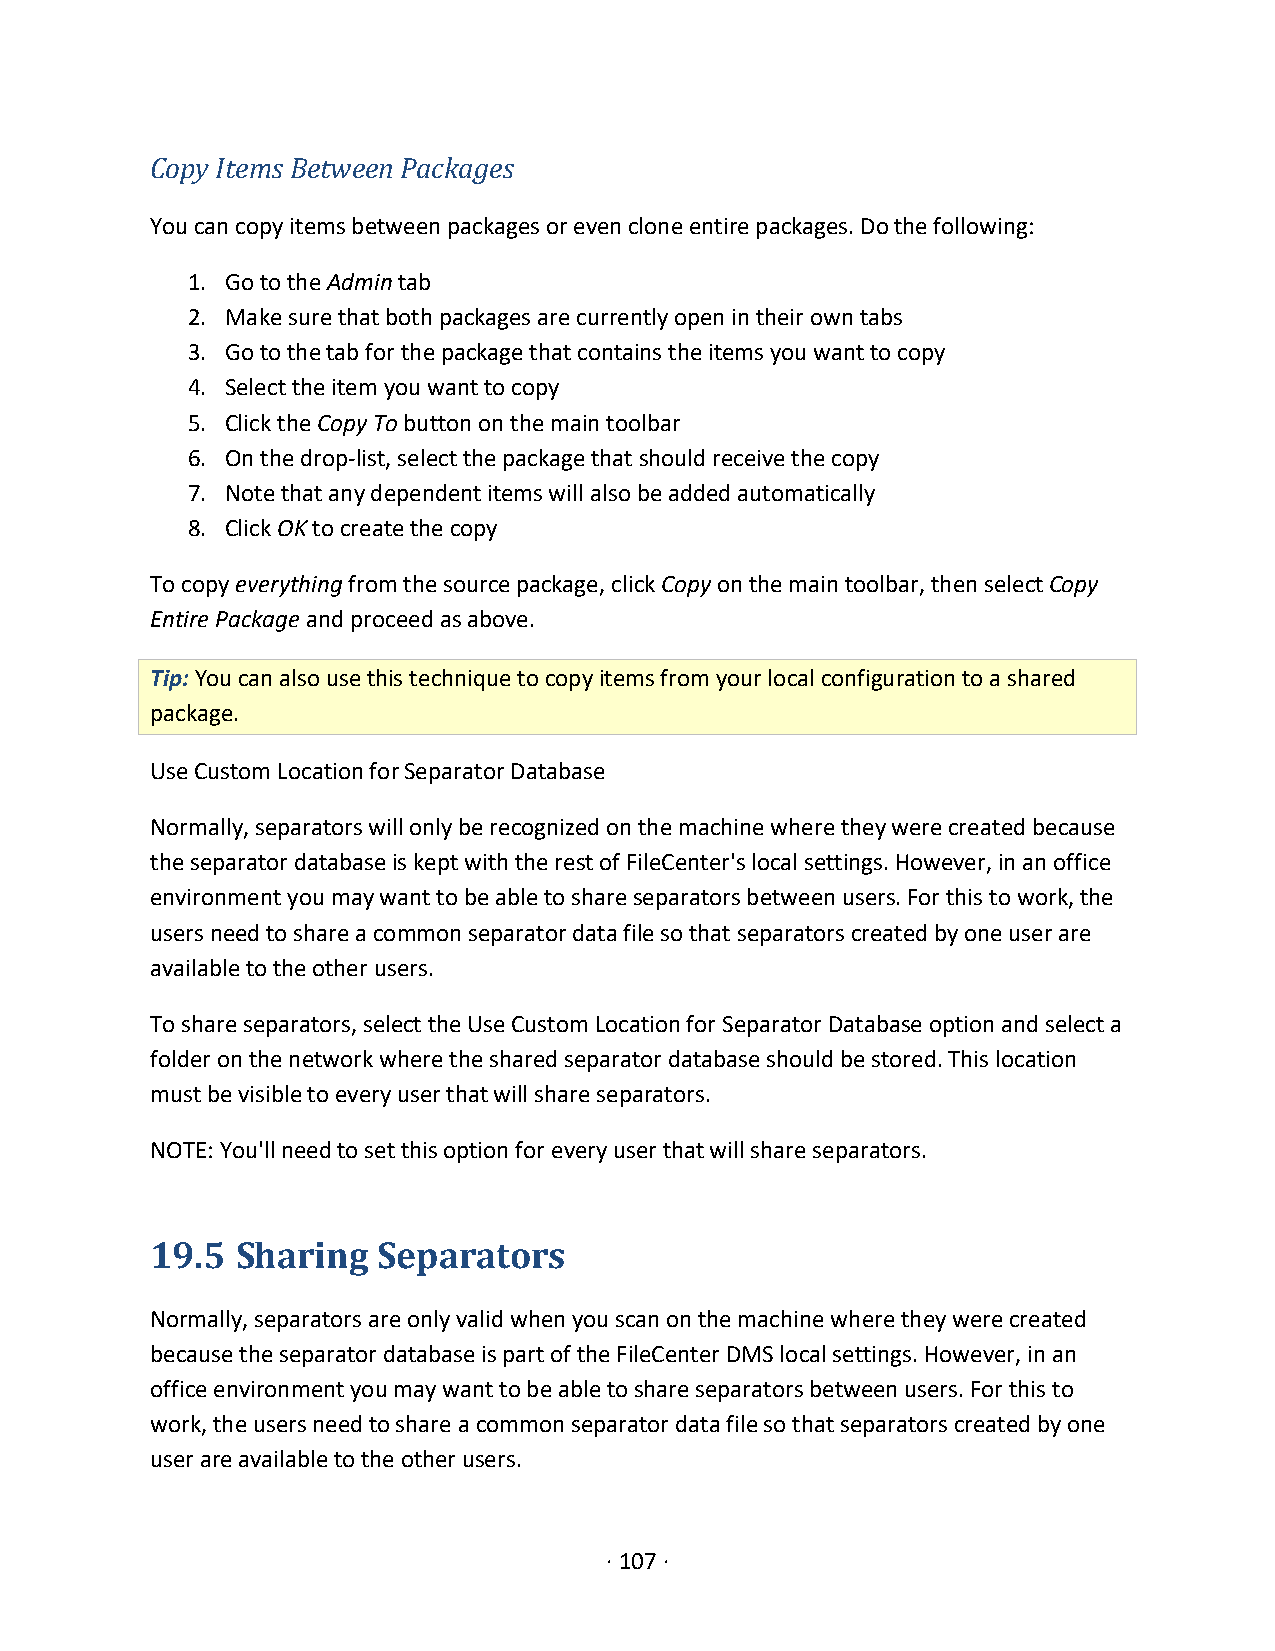
Copy Items Between Packages
 You can copy items between packages or even clone entire packages. Do the following:
 1. Go to the Admin tab
 2. Make sure that both packages are currently open in their own tabs
 3. Go to the tab for the package that contains the items you want to copy
 4. Select the item you want to copy
 5. Click the Copy To button on the main toolbar
 6. On the drop-list, select the package that should receive the copy
 7. Note that any dependent items will also be added automatically
 8. Click OK to create the copy
 To copy everything from the source package, click Copy on the main toolbar, then select Copy
 Entire Package and proceed as above.
 Tip: You can also use this technique to copy items from your local configuration to a shared
 package.
 Use Custom Location for Separator Database
 Normally, separators will only be recognized on the machine where they were created because
 the separator database is kept with the rest of FileCenter's local settings. However, in an office
 environment you may want to be able to share separators between users. For this to work, the
 users need to share a common separator data file so that separators created by one user are
 available to the other users.
 To share separators, select the Use Custom Location for Separator Database option and select a
 folder on the network where the shared separator database should be stored. This location
 must be visible to every user that will share separators.
 NOTE: You'll need to set this option for every user that will share separators.
 19.5  Sharing  Separators
 Normally, separators are only valid when you scan on the machine where they were created
 because the separator database is part of the FileCenter DMS local settings. However, in an
 office environment you may want to be able to share separators between users. For this to
 work, the users need to share a common separator data file so that separators created by one
 user are available to the other users.
 · 107 ·